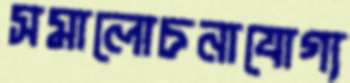
সমালোচনাযোগ্য